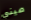
صيني